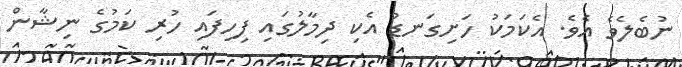
ނުބެލެވެ އެވެ. އެކަމަކު ހަށިގަނޑު އެކި ދިމާލުގައި ފިހިފައި ހުރި ކަމުގެ ނިޝާން